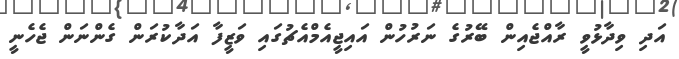
އަދި ވިދާޅުވީ ރާއްޖެއިން ބޭރުގެ ނަރުހުން އައިޖީއެމްއެޗުގައި ވަޒީފާ އަދާކުރަން ގެންނަން ޖެހެނީ